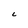
Character: C